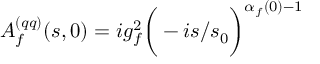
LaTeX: A _ { f } ^ { ( q q ) } ( s , 0 ) = i g _ { f } ^ { 2 } \bigg ( - i { s / s _ { 0 } } \bigg ) ^ { \alpha _ { f } ( 0 ) - 1 }